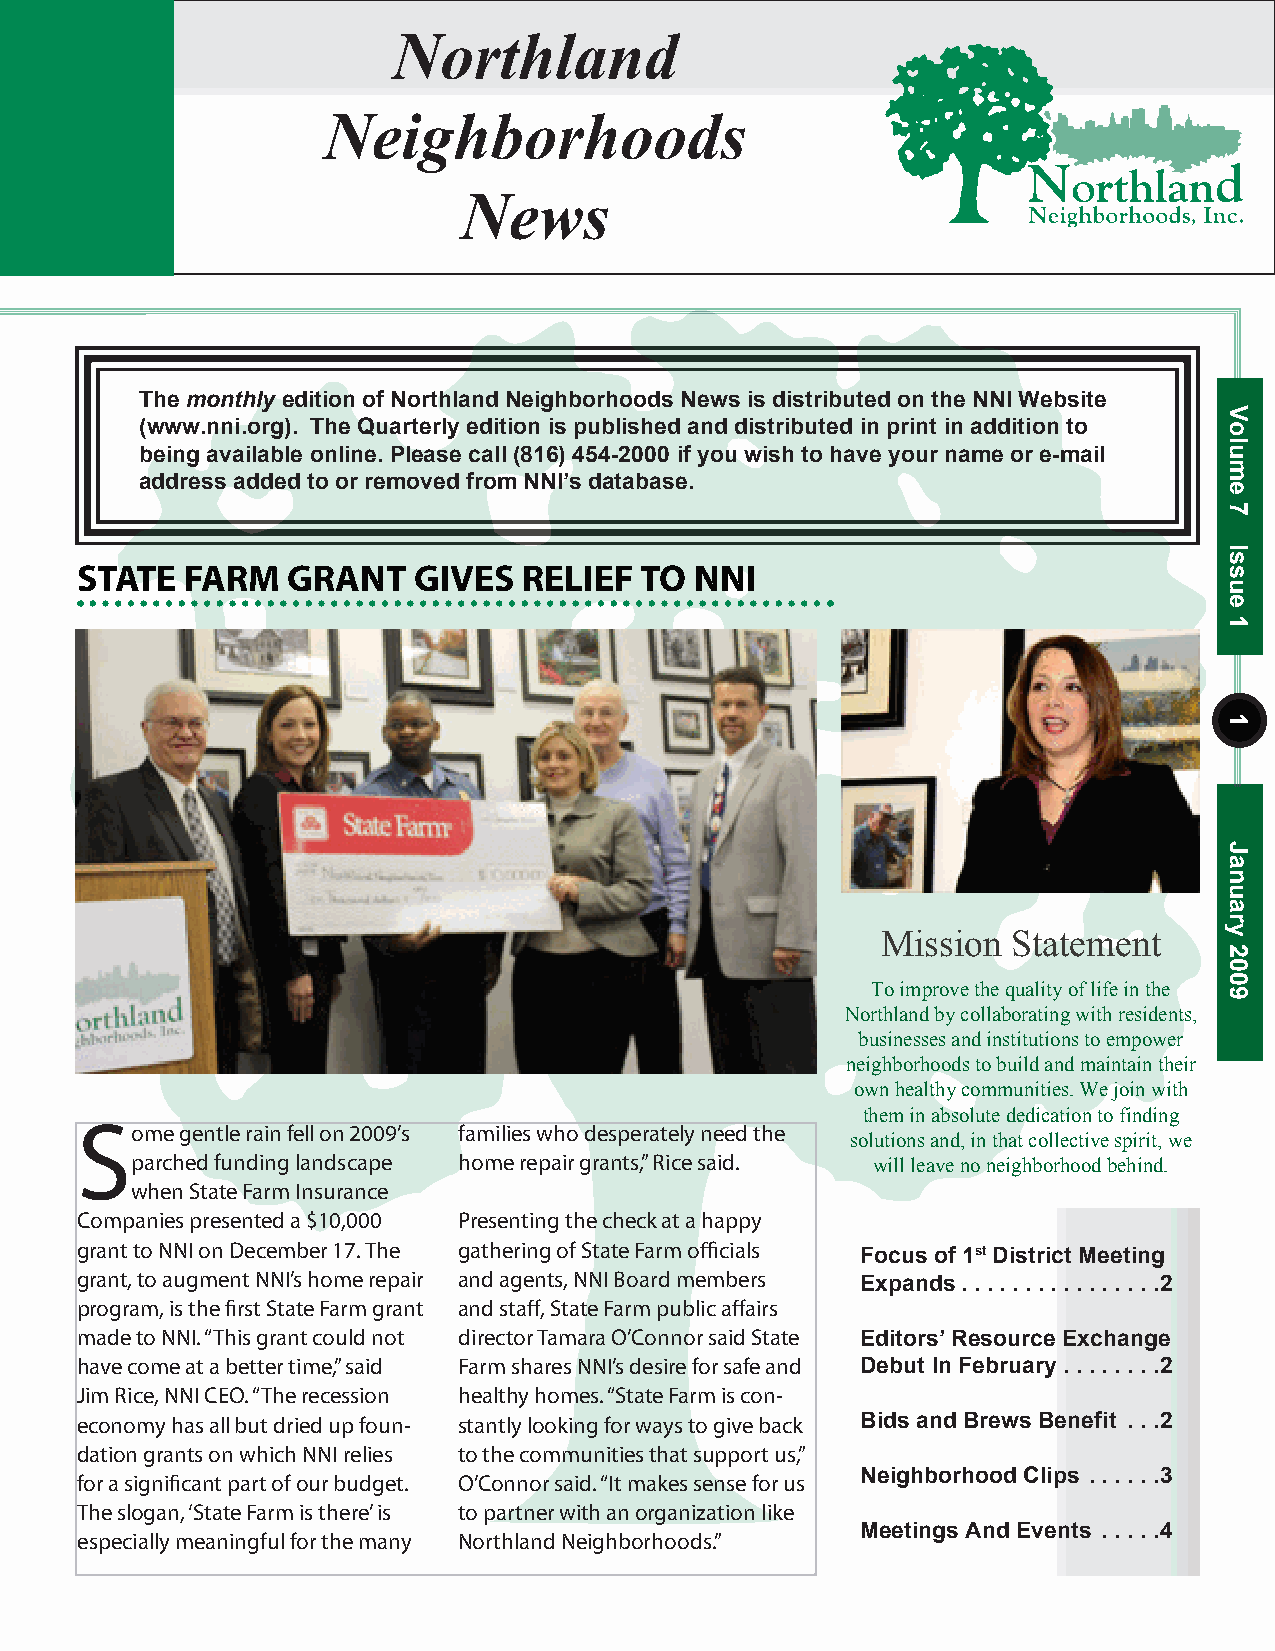
Northland
 Neighborhoods
 News
 The monthly edition of Northland Neighborhoods News is distributed on the NNI Website
 (www.nni.org). The Quarterly edition is published and distributed in print in addition to
 being available online. Please call (816) 454-2000 if you wish to have your name or e-mail
 address added to or removed from NNI’s database.
 STATE  FARM   GRANT   GIVES   RELIEF TO  NNI
 Mission  Statement
 To improve the quality of life in the
 Northland by collaborating with residents,
 businesses and institutions to empower
 neighborhoods to build and maintain their
 own healthy communities. We join with
 them in absolute dedication to finding
 S
 ome gentle rain fell on 2009’s families who desperately need the
 solutions and, in that collective spirit, we
 parched funding landscape home repair grants,” Rice said. will leave no neighborhood behind.
 when State Farm Insurance
 Companies presented a $10,000 Presenting the check at a happy
 grant to NNI on December 17. The gathering of State Farm officials
 Focus of 1st District Meeting
 grant, to augment NNI’s home repair and agents, NNI Board members
 Expands . . . . . . . . . . . . . . . .2
 program, is the first State Farm grant and staff, State Farm public affairs
 made to NNI. “This grant could not director Tamara O’Connor said State Editors’ Resource Exchange
 have come at a better time,” said Farm shares NNI’s desire for safe and Debut In February . . . . . . . .2
 Jim Rice, NNI CEO. “The recession healthy homes. “State Farm is con-
 economy has all but dried up foun- stantly looking for ways to give back Bids and Brews Benefit . . .2
 dation grants on which NNI relies to the communities that support us,”
 for a significant part of our budget. O’Connor said. “It makes sense for us Neighborhood Clips . . . . . .3
 The slogan, ‘State Farm is there’ is to partner with an organization like
 Meetings And Events . . . . .4
 especially meaningful for the many Northland Neighborhoods.”
 Volume
 7
 Issue
 1
 1
 January
 2009